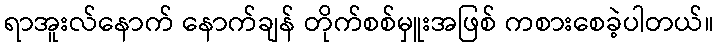
ရာအူးလ်နောက် နောက်ချန် တိုက်စစ်မှူးအဖြစ် ကစားစေခဲ့ပါတယ်။